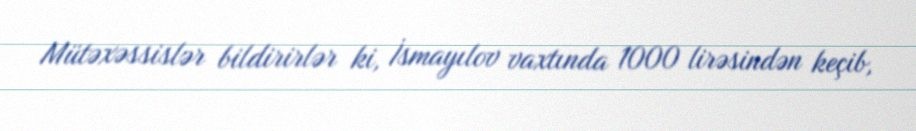
Mütəxəssislər bildirirlər ki, İsmayılov vaxtında 1000 lirəsindən keçib,